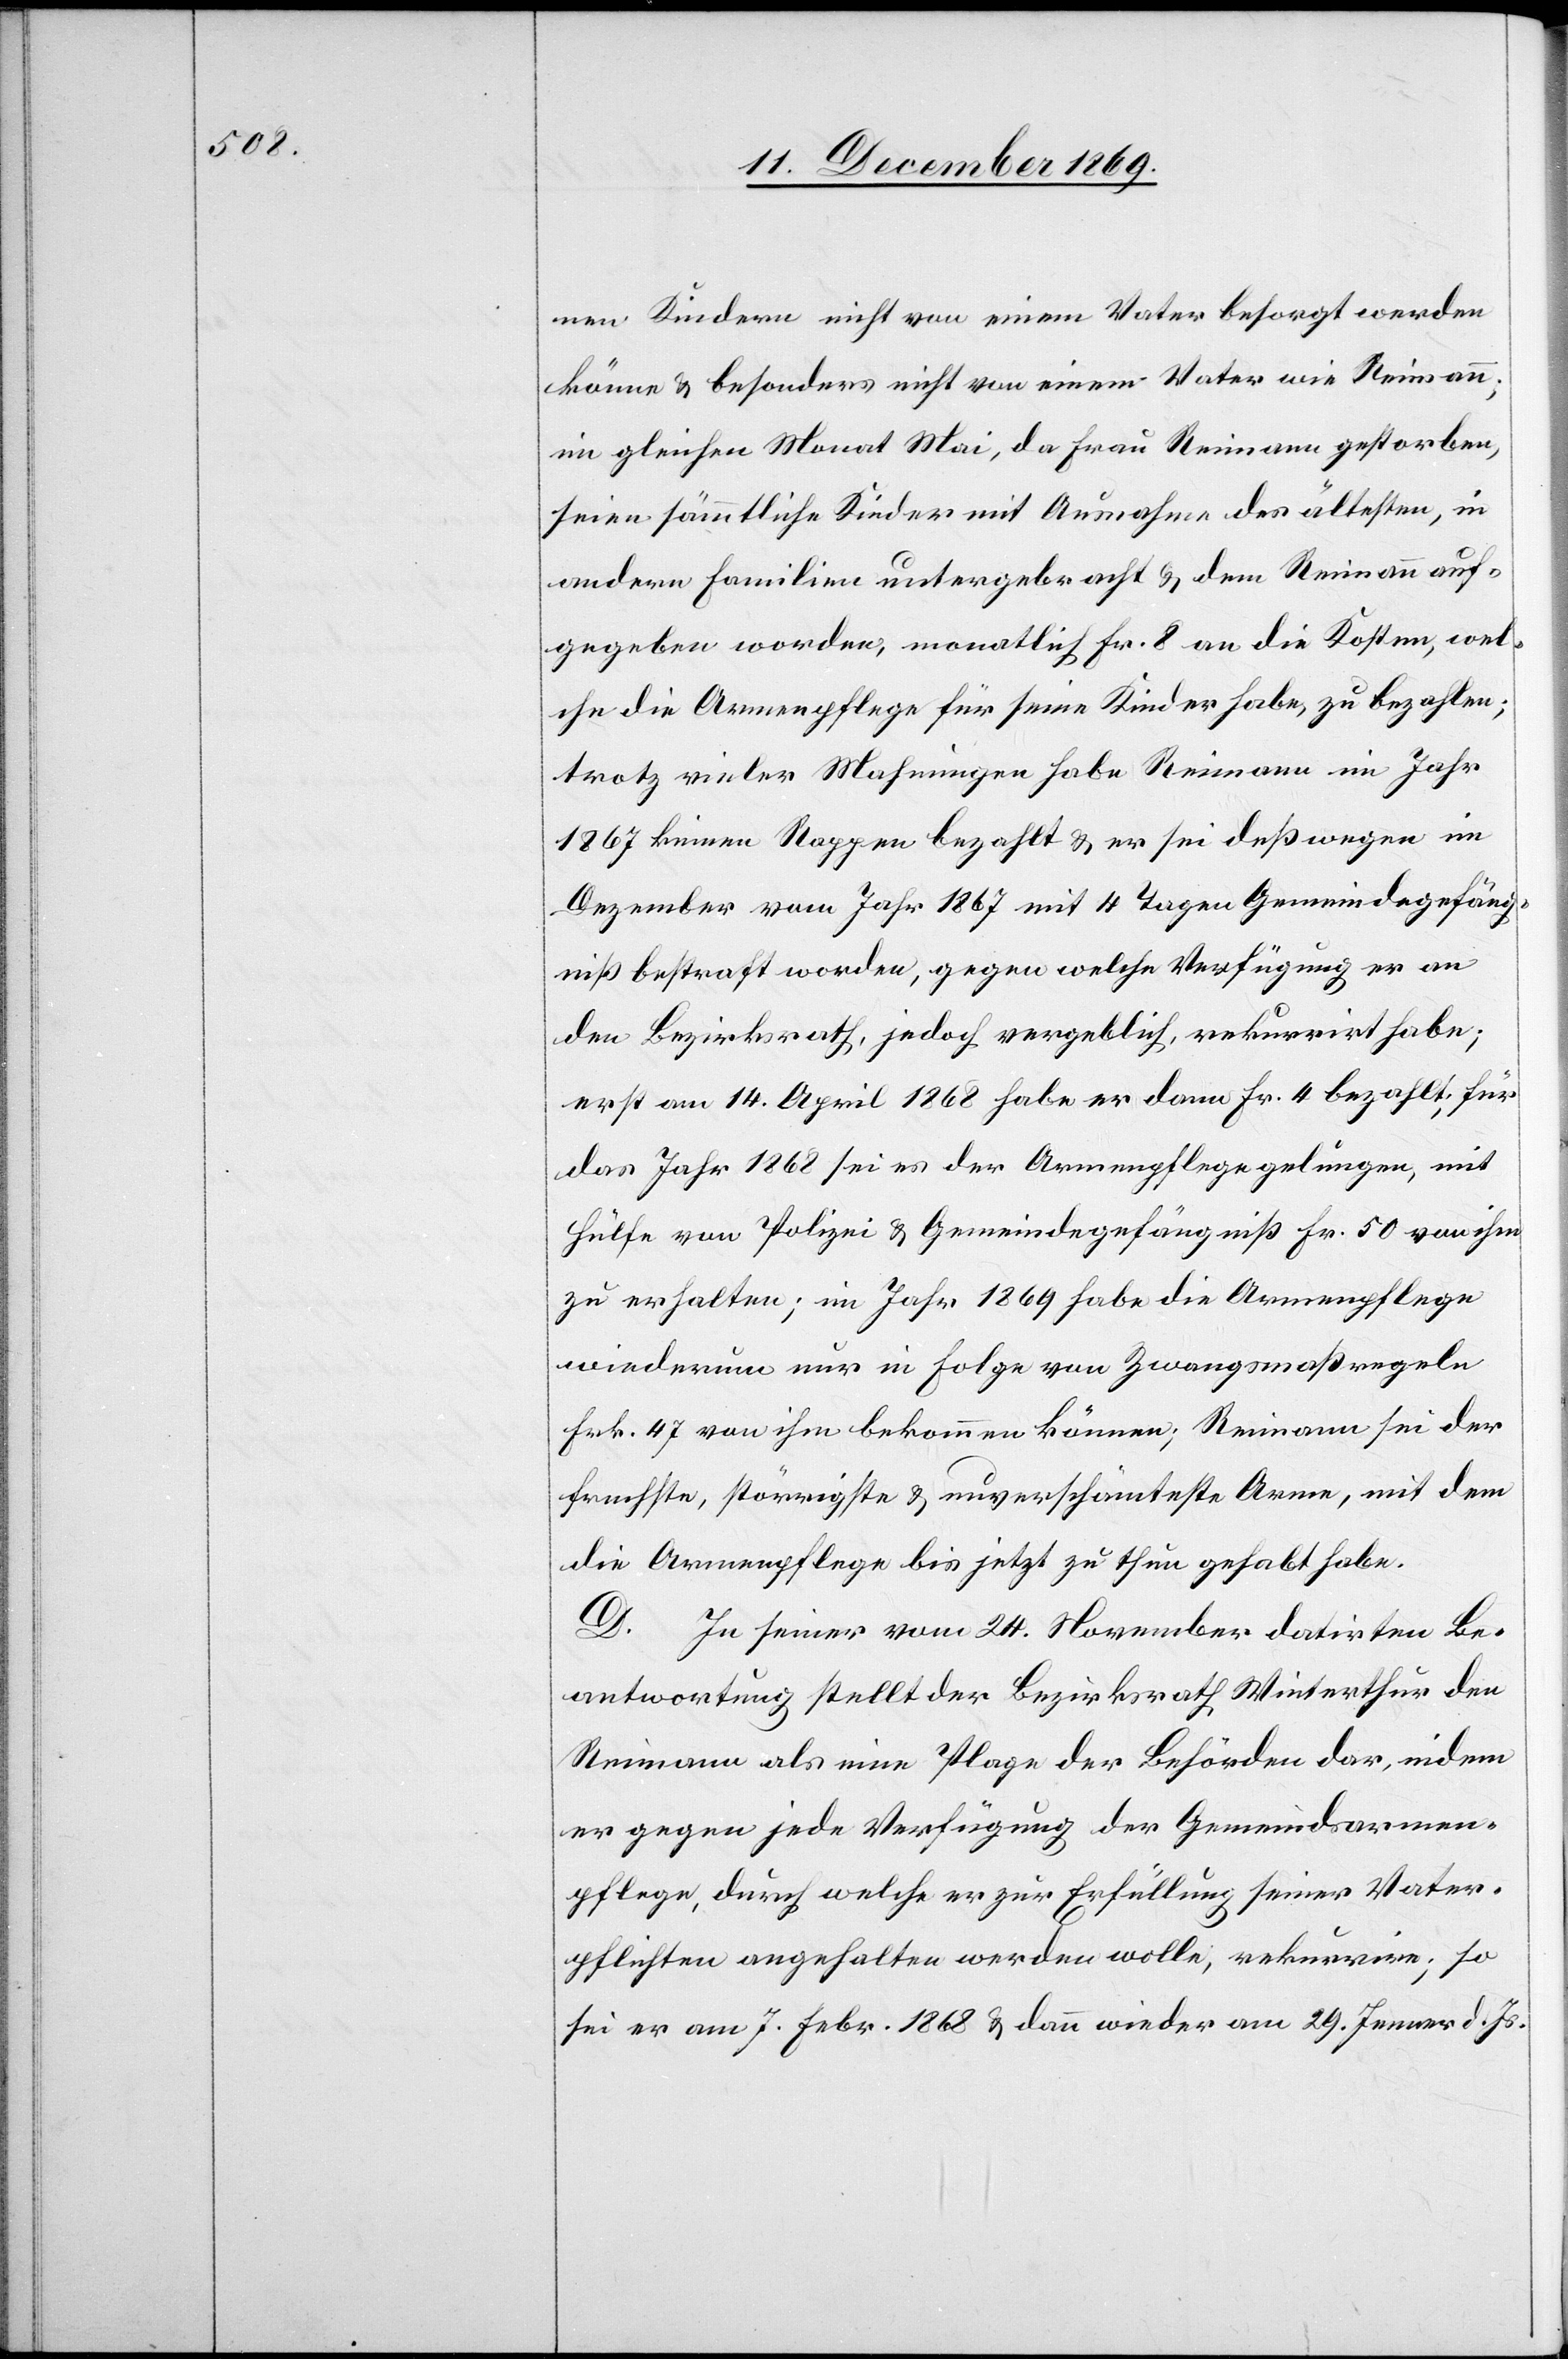
nen Kindern nicht von einem Vater besorgt werden
könne & besonders nicht von einem Vater wie Reimann;
im gleichen Monat Mai, da Frau Reimann gestorben,
seien sämmtliche Kinder mit Ausnahme des ältesten, in
andern Familien untergebracht & dem Reimann auf¬
gegeben worden, monatlich Fr. 8 an die Kosten, wel¬
che die Armenpflege für seine Kinder habe, zu bezahlen;
trotz vieler Mahnungen habe Reimann im Jahr
1867 keinen Rappen bezahlt & er sei deßwegen im
Dezember vom Jahr 1867 mit 4 Tagen Gemeindegefäng¬
niß bestraft worden, gegen welche Verfügung er an
den Bezirksrath, jedoch vergeblich, rekurrirt habe;
erst am 14. April 1868 habe er dann Fr. 4 bezahlt; für
das Jahr 1868 sei es der Armenpflege gelungen, mit
Hülfe von Polizei & Gemeindegefängniß Fr. 50 von ihm
zu erhalten; im Jahr 1869 habe die Armenpflege
wiederum nur in Folge von Zwangsmaßregeln
Frk. 47 von ihm bekommen können; Reimann sei der
frechste, störrigste & unverschämteste Arme, mit dem
die Armenpflege bis jetzt zu thun gehabt habe.
D. In seiner vom 24. November datirten Be¬
antwortung stellt der Bezirksrath Winterthur den
Reimann als eine Plage der Behörden dar, indem
er gegen jede Verfügung der Gemeindsarmen¬
pflege, durch welche er zur Erfüllung seiner Vater¬
pflichten angehalten werden wolle, rekurrire; so
sei er am 7. Febr. 1868 & dann wieder am 29. Jenner d. Js.